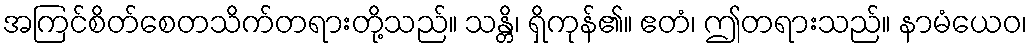
အကြင်စိတ်စေတသိက်တရားတို့သည်။ သန္တိ၊ ရှိကုန်၏။ ဧတံ၊ ဤတရားသည်။ နာမံယေဝ၊